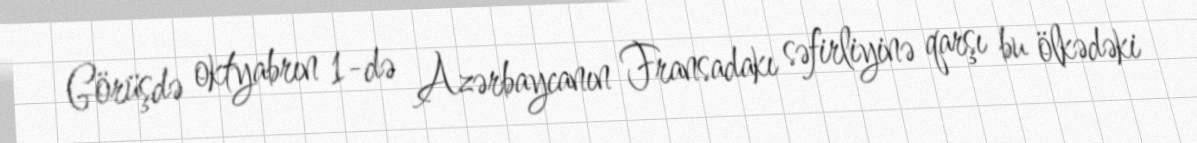
Görüşdə oktyabrın 1-də Azərbaycanın Fransadakı səfirliyinə qarşı bu ölkədəki